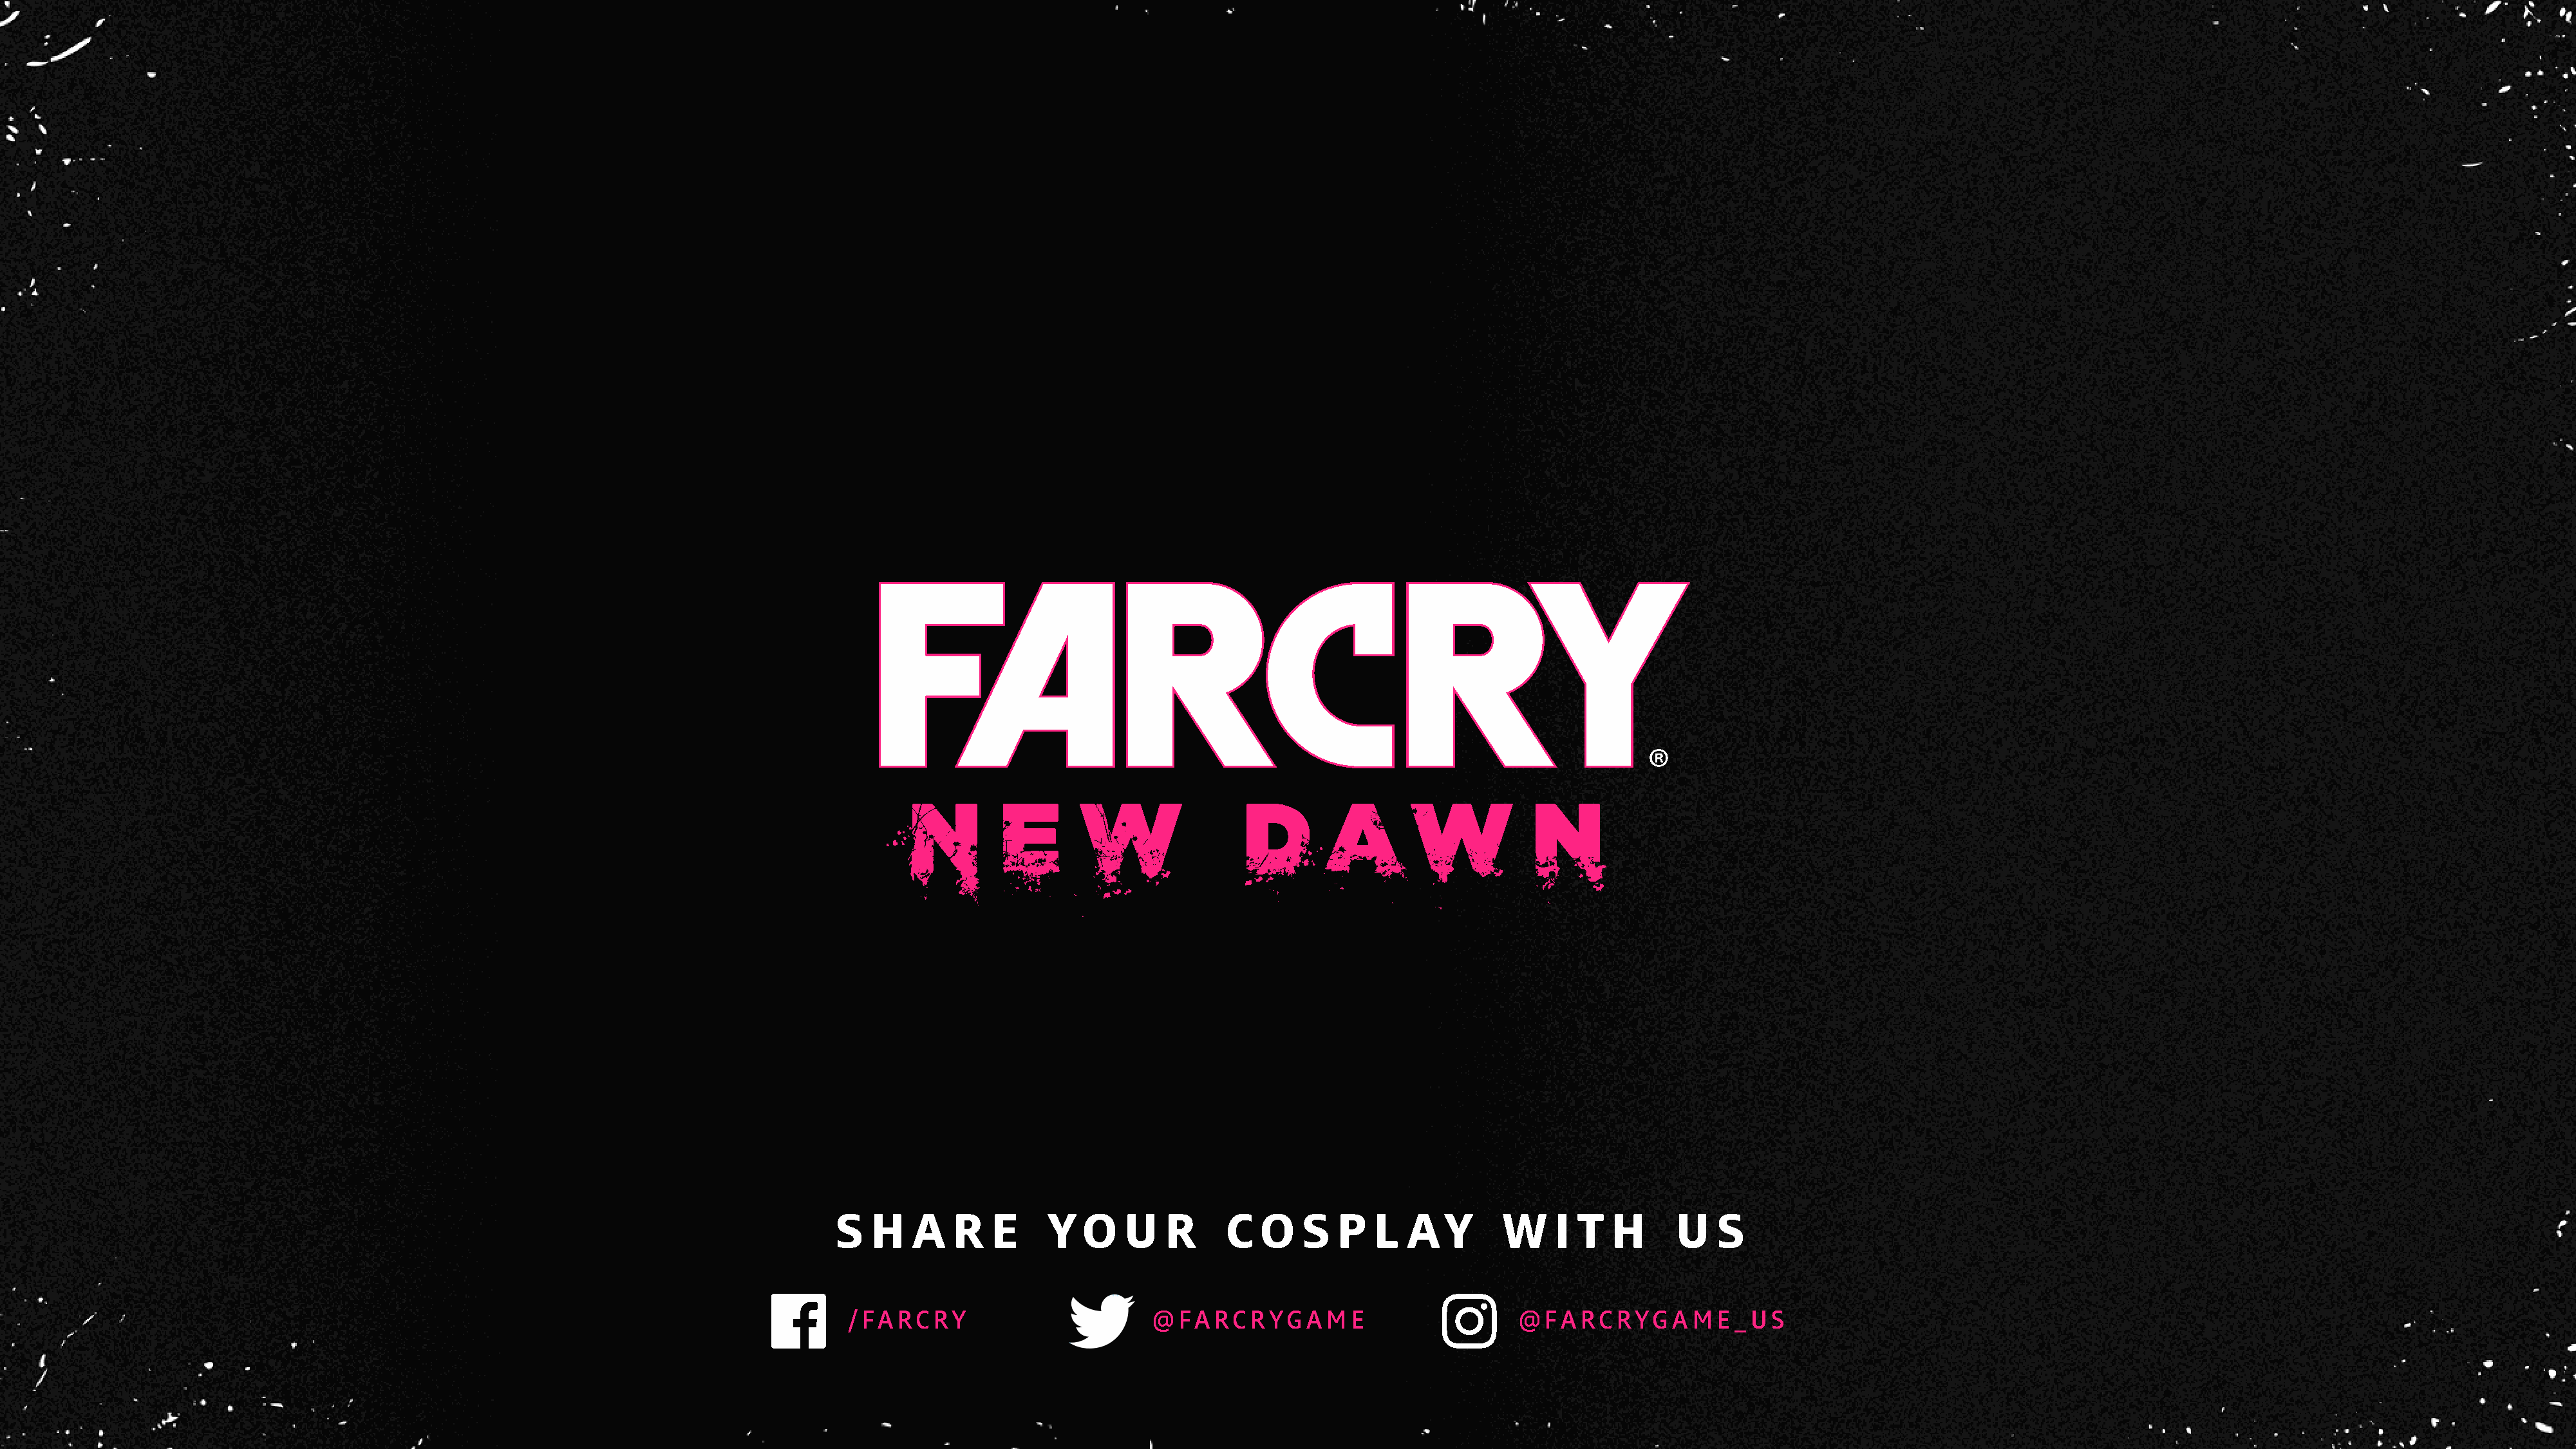
S  H    A   R   E     Y  O    U   R     C   O   S  P   L   A  Y      W    I T   H     U   S
 /FARCRY                         @FARCRYG       AME                   @FARCRYG        AME   _US